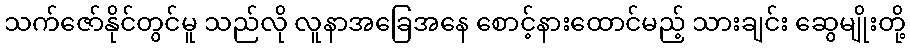
သက်ဇော်နိုင်တွင်မူ သည်လို လူနာအခြေအနေ စောင့်နားထောင်မည့် သားချင်း ဆွေမျိုးတို့